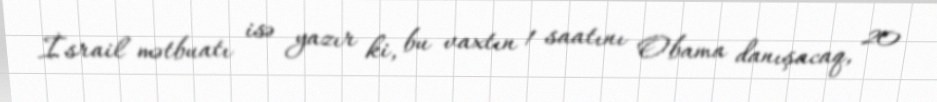
İsrail mətbuatı isə yazır ki, bu vaxtın 1 saatını Obama danışacaq, 20